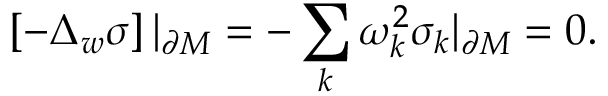
\left[ - \Delta _ { w } \sigma \right] | _ { \partial M } = - \sum _ { k } \omega _ { k } ^ { 2 } \sigma _ { k } | _ { \partial M } = 0 .